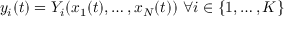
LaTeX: y _ { i } ( t ) = Y _ { i } ( x _ { 1 } ( t ) , \ldots , x _ { N } ( t ) ) { \mathrm { ~ } } \forall i \in \{ 1 , \ldots , K \}